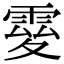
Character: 𩃃